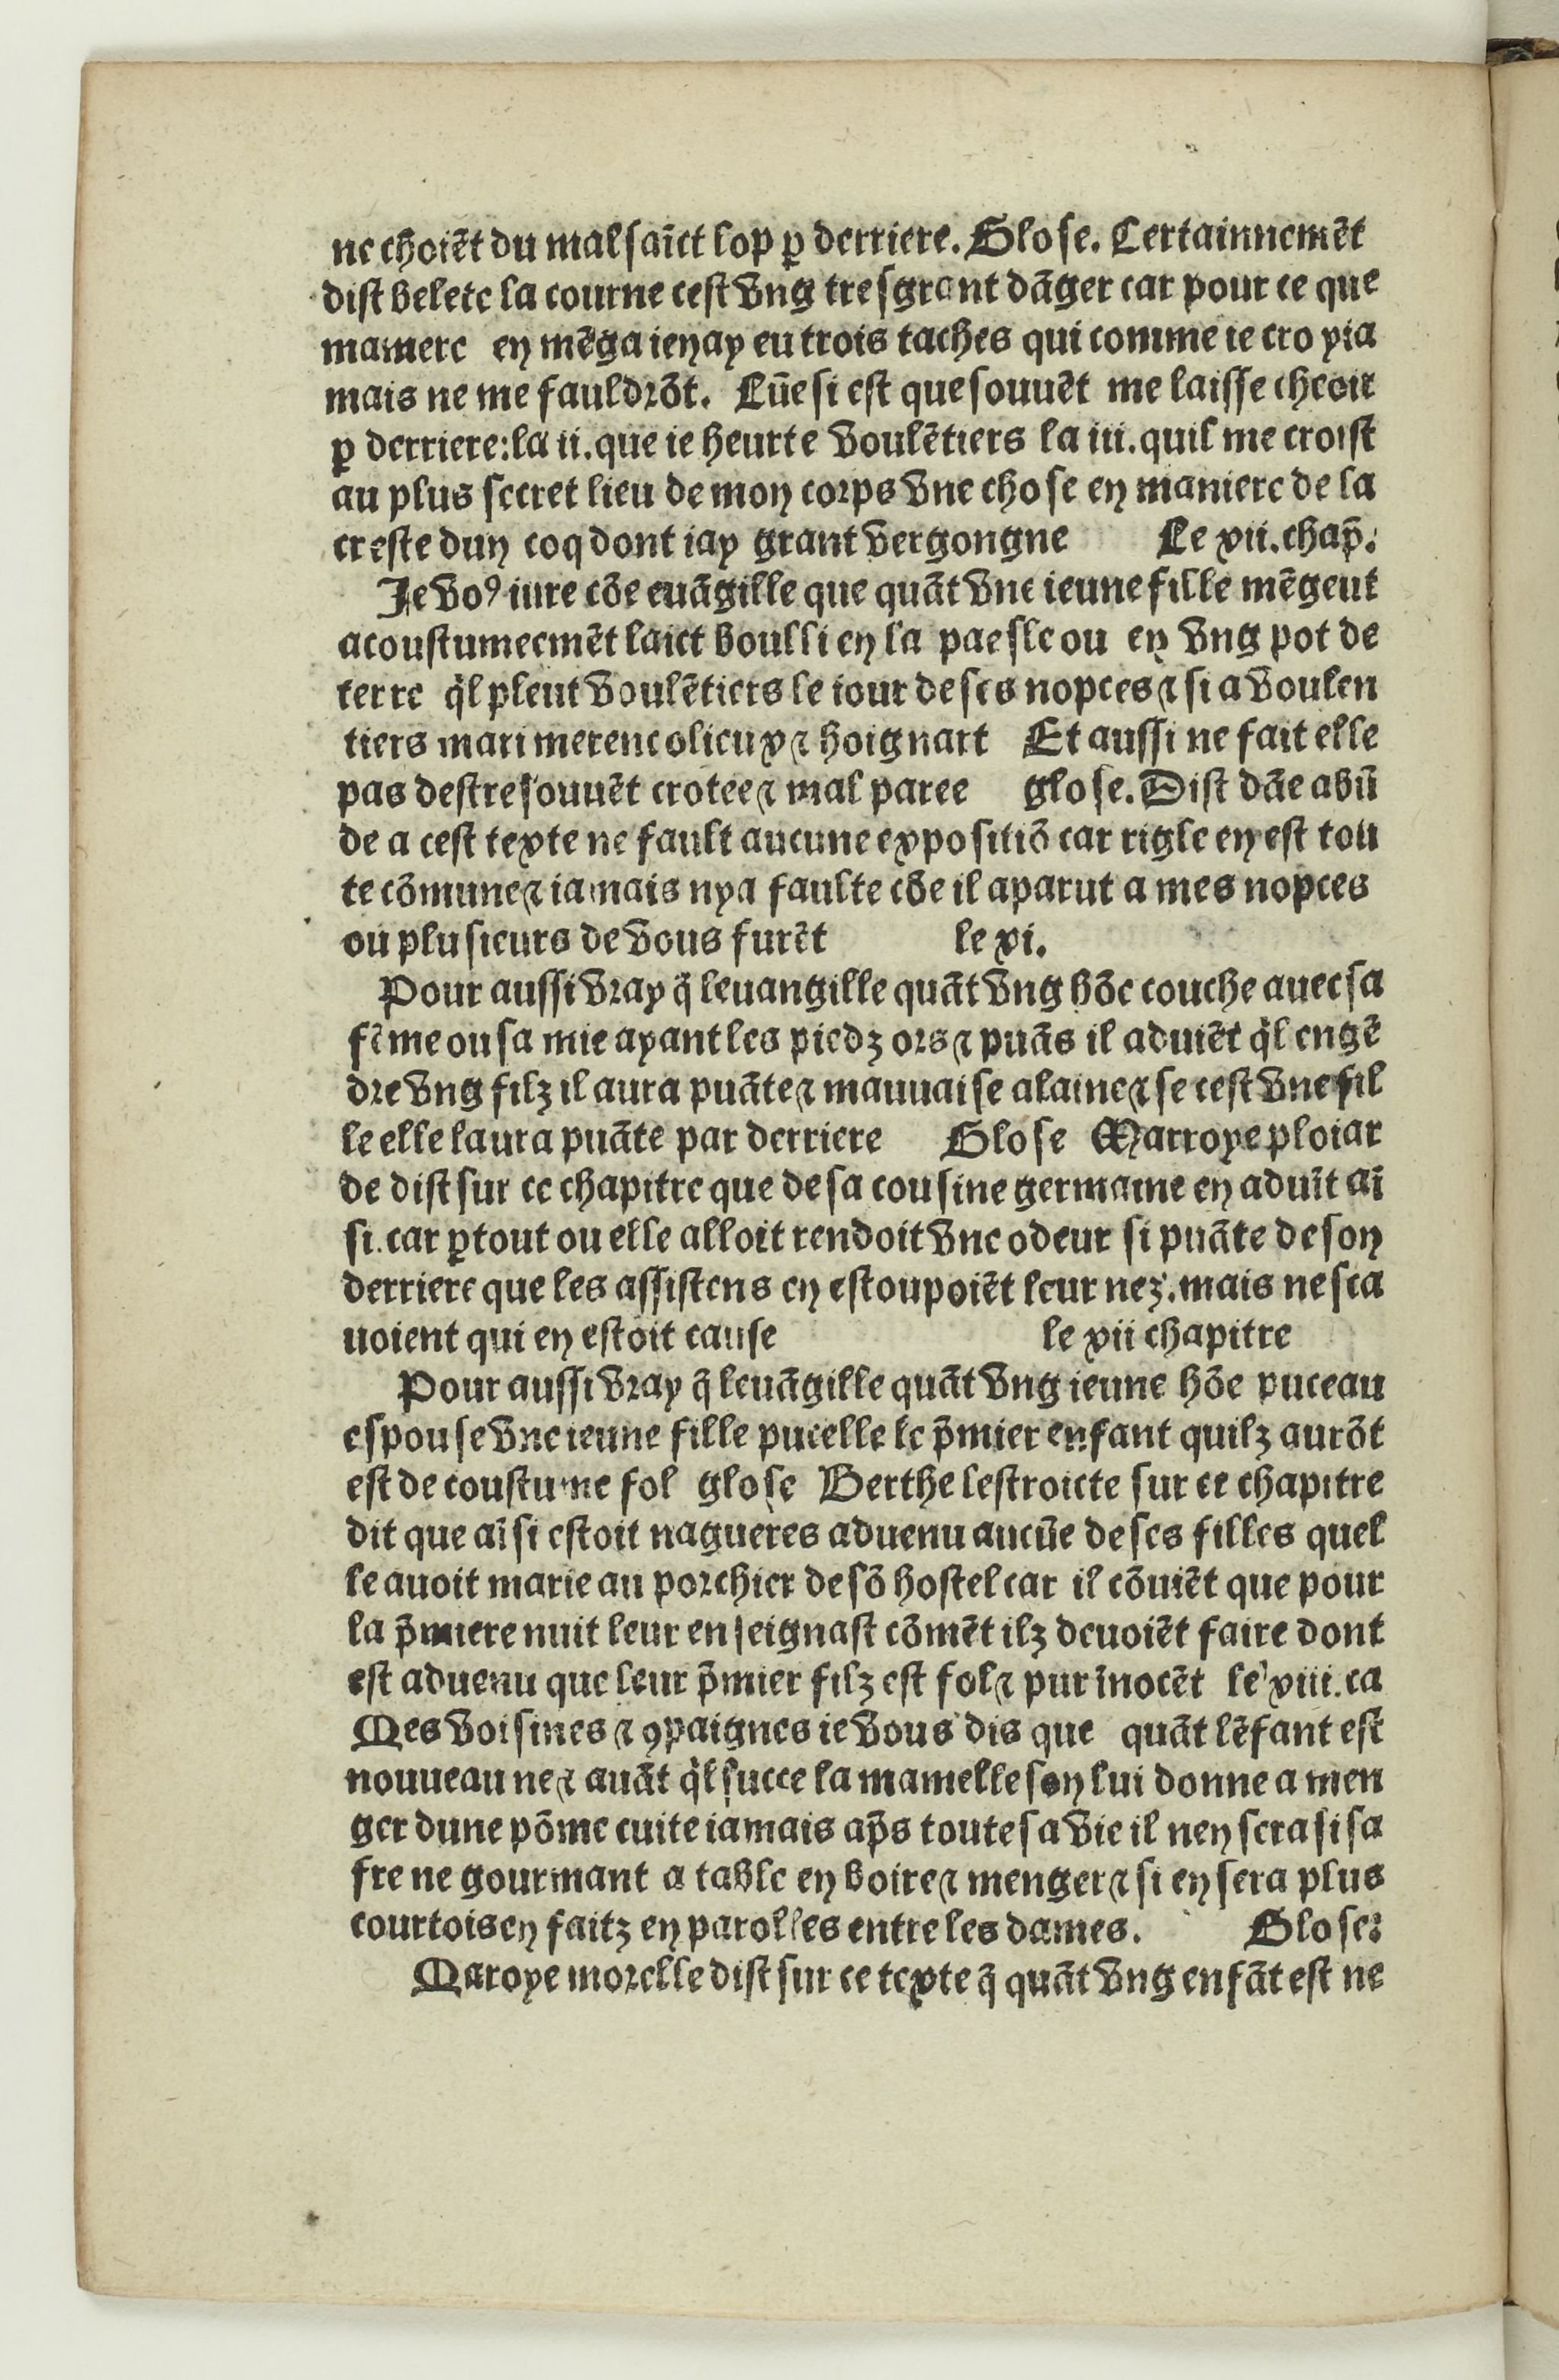
Shelfmark: Paris, BnF, Rés. Y2-733
Century: 16